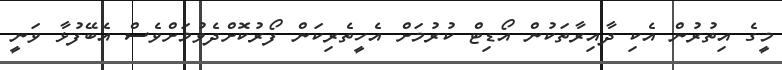
މީގެ އިތުރުން އެކި ދާއިރާތަކުން އޯޑިޓް ކުރުމަށް އެހީތެރިކަން ފޯރުކޮށްދެވުމަށްވެސް އެބޭފުޅާ ވަނީ